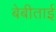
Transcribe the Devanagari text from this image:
बेबीताई